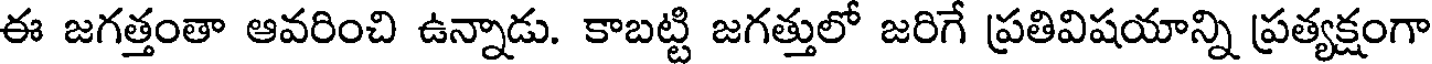
ఈ జగత్తంతా ఆవరించి ఉన్నాడు. కాబట్టి జగత్తులో జరిగే ప్రతివిషయాన్ని ప్రత్యక్షంగా